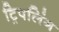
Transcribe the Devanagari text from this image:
ट्रिपलिंग